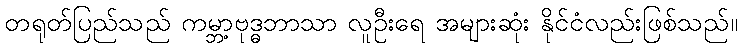
တရုတ်ပြည်သည် ကမ္ဘာ့ဗုဒ္ဓဘာသာ လူဦးရေ အများဆုံး နိုင်ငံလည်းဖြစ်သည်။